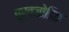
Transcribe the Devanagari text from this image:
पूर्वजोडित